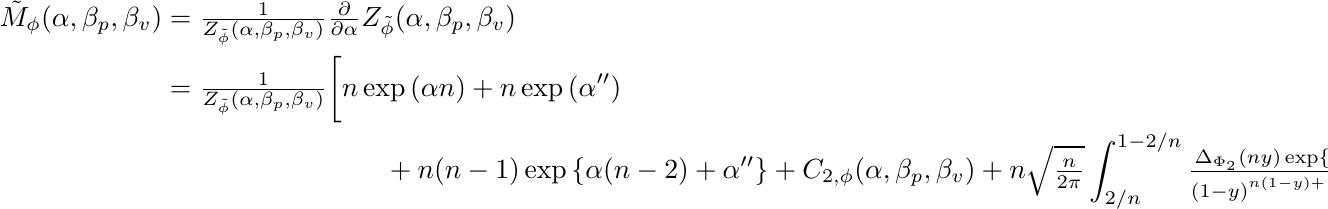
\begin{equation*}
  \begin{split}
  \tilde{M}_{\phi}(\alpha, \beta_p, \beta_v) & = \tfrac{1}{Z_{\tilde\phi}(\alpha, \beta_p, \beta_v) }
  \tfrac{\partial}{\partial \alpha }Z_{\tilde\phi}(\alpha, \beta_p, \beta_v) \\
 & =
   \tfrac{1}{Z_{\tilde\phi}(\alpha, \beta_p, \beta_v) } \biggl[ n
   \exp{(\alpha n)} + n \exp{(\alpha'')} \\
& \qquad\qquad\qquad\qquad + n(n-1)  \exp{\{\alpha (n-2) + \alpha''\}}
   + C_{2, \phi}(\alpha, \beta_p, \beta_v)
    + n\sqrt{\tfrac{n}{2\pi}}    \int_{2/n}^{1 - 2/n}
    \tfrac{\Delta_{\Phi_2}(ny) \exp\{ g_2(ny)\} }{
    (1-y)^{n(1-y) + \frac{1}{2}} y^{ny - \frac{1}{2} }}
    dy \biggr],
  \end{split}
\end{equation*}